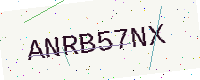
Text: ANRB57NX